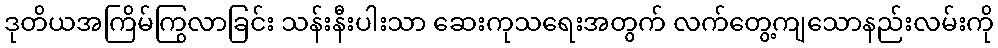
ဒုတိယအကြိမ်ကြွလာခြင်း သန်းနီးပါးသာ ဆေးကုသရေးအတွက် လက်တွေ့ကျသောနည်းလမ်းကို